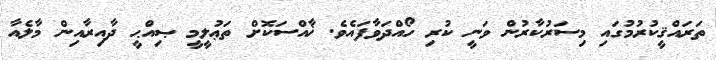
ތަރައްޤީކުރުމުގައި މިސަރުކާރުން ވަނީ ކުރި ހޯއްދަވާފައެވެ. ޚާއްސަކޮށް ތަޢުލީމީ ޞިއްޙީ ދާއިރާއިން މާލެއާ